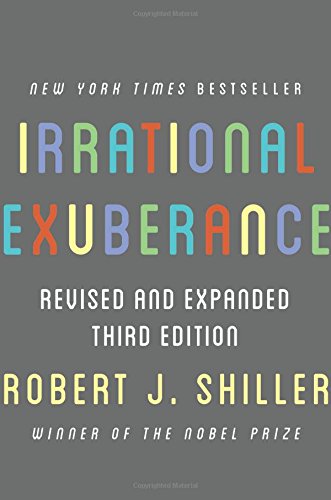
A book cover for Irrational Exuberance 3rd edition; Robert J. Shiller; Business & Money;